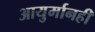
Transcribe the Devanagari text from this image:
आयुर्मानही